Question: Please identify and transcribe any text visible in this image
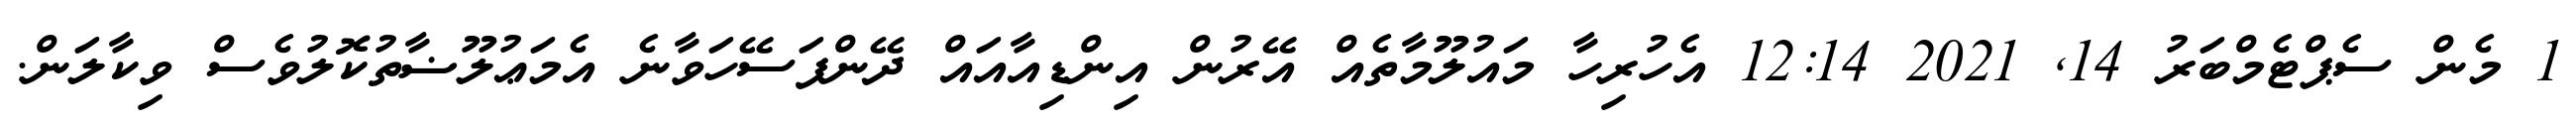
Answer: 1 މެން ސެޕްޓެމްބަރު 14, 2021 12:14 އެހުރިހާ މައުލޫމާތެއް އޭރުން އިންޑިއާއައް ދޭންފަސޭހަވާނެ އެމަޢުލޫޟާތުކޮލުވެސް ވިކާލަން.